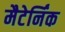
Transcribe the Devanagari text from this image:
मैटेर्निंक